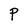
Character: P